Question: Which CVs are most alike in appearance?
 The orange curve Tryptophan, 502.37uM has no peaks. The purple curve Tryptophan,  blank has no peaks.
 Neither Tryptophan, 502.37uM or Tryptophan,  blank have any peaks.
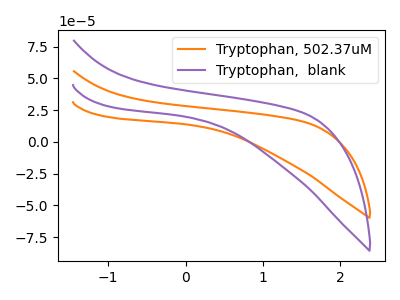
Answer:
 <answer>"Tryptophan, 502.37uM" and "Tryptophan,  blank" have the same shape and are likely CV's of the same chemical.</answer>
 <eval>"Tryptophan, 502.37uM" "Tryptophan,  blank"</eval>